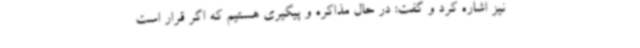
نیز اشاره کرد و گفت: در حال مذاکره و پیگیری هستیم که اگر قرار است